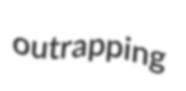
outrapping